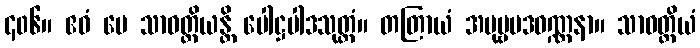
၄၀၆။ ဧဝံ မေ သာဝတ္ထိယန္တိ ပေါဋ္ဌပါဒသုတ္တံ။ တတြာယံ အပုဗ္ဗပဒဝဏ္ဏနာ။ သာဝတ္ထိယံ